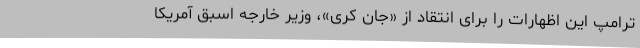
ترامپ این اظهارات را برای انتقاد از «جان کری»، وزیر خارجه اسبق آمریکا